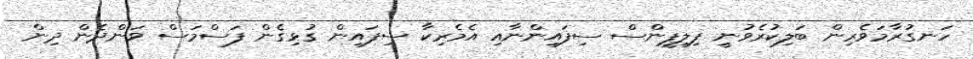
ހަނގުރާމަވެރިން ބަލިކުރެވުނީ ފިލިޕީންސް ސިފައިންނާއި އެމެރިކާ ސިފައިން ގުޅިގެން ފަސްމަސް ވަންދެން ދިން